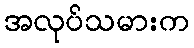
အလုပ်သမားက